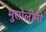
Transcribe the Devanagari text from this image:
मुसोलीनी